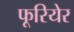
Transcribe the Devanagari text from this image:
फूरियेर